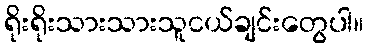
ရိုးရိုးသားသားသူငယ်ချင်းတွေပါ။